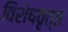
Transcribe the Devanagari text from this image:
विशेषवृत्त